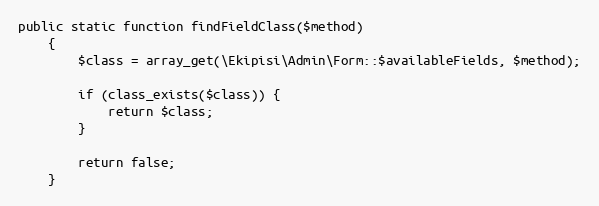
Language: PHP
public static function findFieldClass($method)
    {
        $class = array_get(\Ekipisi\Admin\Form::$availableFields, $method);

        if (class_exists($class)) {
            return $class;
        }

        return false;
    }